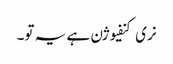
نری کنفیوژن ہے یہ تو۔